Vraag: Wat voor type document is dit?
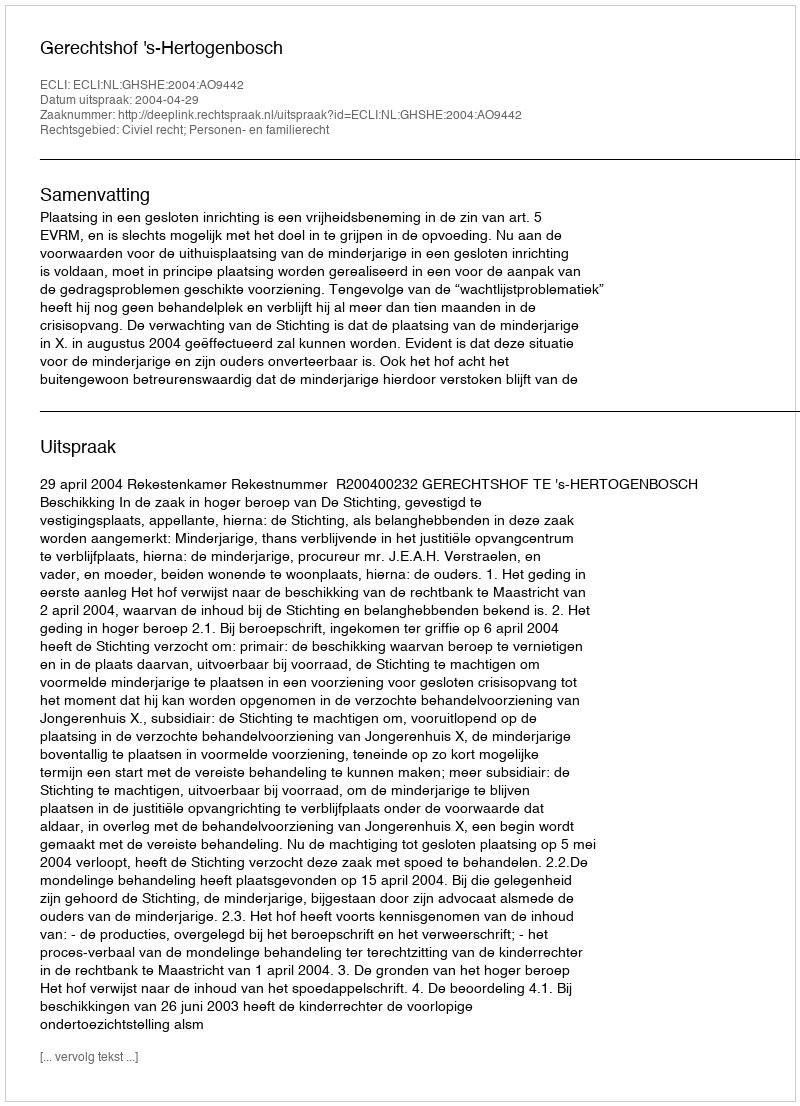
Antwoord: Uitspraak